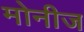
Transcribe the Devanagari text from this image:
मोनीज